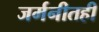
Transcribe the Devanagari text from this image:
जर्मनीतही